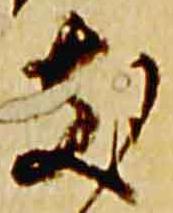
支